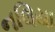
નલિયા